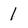
Character: 1